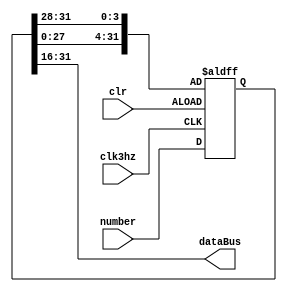
`timescale 1ns / 1ps
module GPU(
input [31:0]number,
input clk3hz,
input clr,
output [15:0]dataBus
    );
    reg[31:0] msgArray;
    assign dataBus = msgArray[31:16];
    always @ (posedge clk3hz or posedge clr)
            if(!clr )
            msgArray <= number;
            else begin
            msgArray[3:0] <= msgArray[31:28];
            msgArray[31:4]<=msgArray[27:0];
            end
endmodule